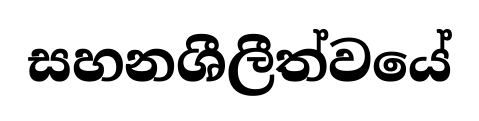
සහනශීලීත්වයේ